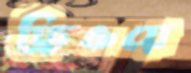
ফ্রিওয়ে